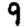
Digit: 9